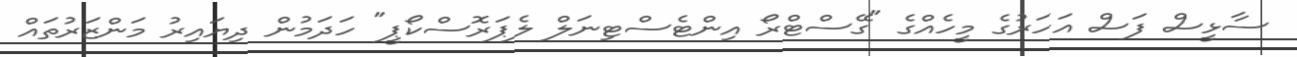
ސާޅީސް ފަސް އަހަރުގެ މީހެއްގެ "ގޭސްޓްރޯ އިންޓެސްޓިނަލް ލެޕަރޮސްކޯޕީ" ހަދަމުން ދިޔައިރު މަންޒަރުތައް